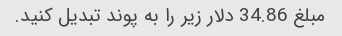
مبلغ 34.86 دلار زیر را به پوند تبدیل کنید.